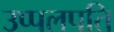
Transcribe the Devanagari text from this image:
उप्पलपति